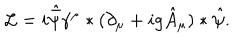
LaTeX: { \cal L } = i \hat { \bar { \psi } } \gamma ^ { \mu } * ( \partial _ { \mu } + i g \hat { A } _ { \mu } ) * \hat { \psi } .